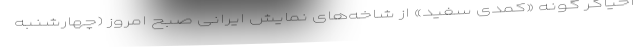
احیاگر گونه «کمدی سفید» از شاخه‌های نمایش ایرانی صبح امروز (چهارشنبه